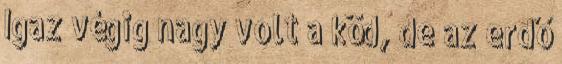
Igaz végig nagy volt a köd, de az erdő